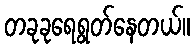
တခုခုရေရွတ်နေတယ်။